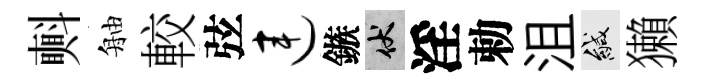
㪺舳較弦连鏃伏淫勅沮緘獺